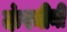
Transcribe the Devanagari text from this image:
कंपनीनी